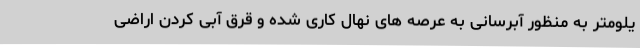
یلومتر به منظور آبرسانی به عرصه های نهال کاری شده و قرق آبی کردن اراضی